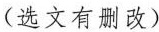
(选文有删改)